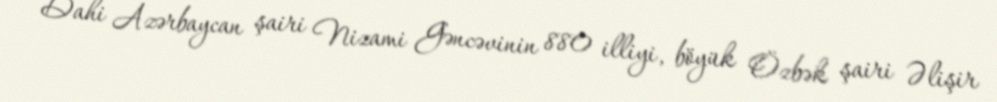
Dahi Azərbaycan şairi Nizami Gəncəvinin 880 illiyi, böyük Özbək şairi Əlişir